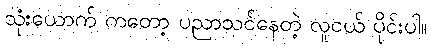
သုံးယောက် ကတော့ ပညာသင်နေတဲ့ လူငယ် ပိုင်းပါ။